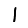
Digit: 1